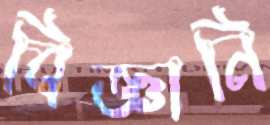
বিজ্ঞানি